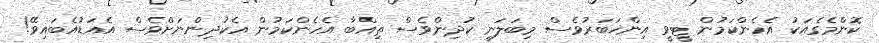
ކޮންމެގެއަކު އެހެންކަމުން ޓީވީ އިންޚަބަރުވެސް މިބަލަނީ ކުދިންވެސް ތިއްބާ އެހެންކަމުން އެކުދިންނަށްވެސް އެއަޑުއެބައިވޭ!